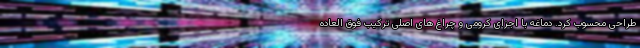
طراحی محسوب کرد. دماغه با اجزای کرومی و چراغ های اصلی ترکیب فوق العاده